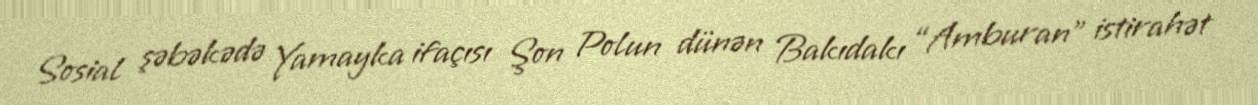
Sosial şəbəkədə Yamayka ifaçısı Şon Polun dünən Bakıdakı “Amburan” istirahət